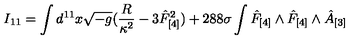
I _ { 1 1 } = \int d ^ { 1 1 } x \sqrt { - g } ( { \frac { R } { \kappa ^ { 2 } } } - 3 \hat { F } _ { [ 4 ] } ^ { 2 } ) + { 2 8 8 } \sigma \int \hat { F } _ { [ 4 ] } \wedge \hat { F } _ { [ 4 ] } \wedge \hat { A } _ { [ 3 ] }